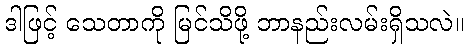
ဒါဖြင့် သေတာကို မြင်သိဖို့ ဘာနည်းလမ်းရှိသလဲ။